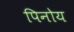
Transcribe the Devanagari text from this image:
पिनोय